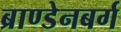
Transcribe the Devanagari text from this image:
ब्राण्डेनबर्ग